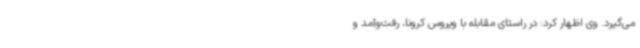
می‌گیرد. وی اظهار کرد: در راستای مقابله با ویروس کرونا، رفت‌وآمد و